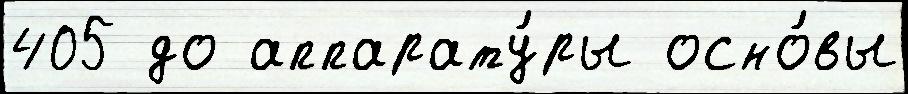
405 до аппарату́ры осно́вы